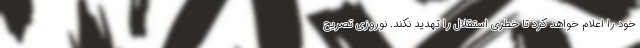
خود را اعلام خواهد کرد تا خطری استقلال را تهدید نکند. نوروزی تصریح